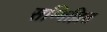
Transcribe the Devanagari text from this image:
सम्मिल्लित